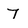
Character: 7